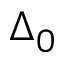
\Delta _ { 0 }